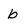
Character: b